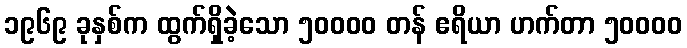
၁၉၆၉ ခုနှစ်က ထွက်ရှိခဲ့သော ၅၀၀၀၀ တန် ဧရိယာ ဟက်တာ ၅၀၀၀၀